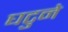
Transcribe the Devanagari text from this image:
घटुने